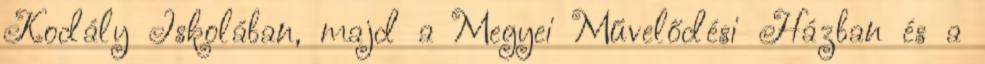
Kodály Iskolában, majd a Megyei Művelődési Házban és a